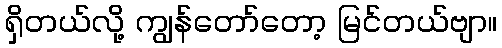
ရှိတယ်လို့ ကျွန်တော်တော့ မြင်တယ်ဗျာ။